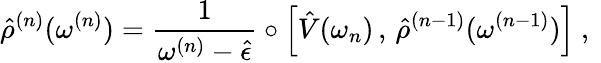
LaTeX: \hat{\rho}^{(n)}(\omega^{(n)})=\frac{1}{\omega^{(n)}-\hat{\epsilon}}\circ\left[\hat{V}(\omega_{n})\, ,\, \hat{\rho}^{(n-1)}(\omega^{(n-1)})\right]\mathrm{~,~}